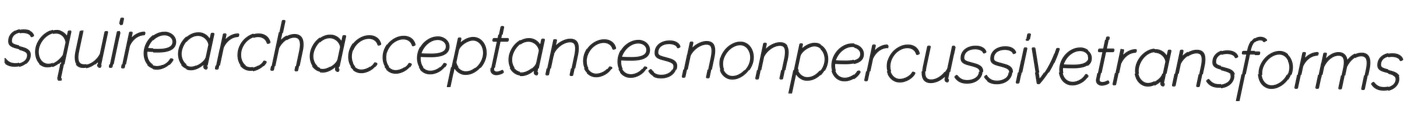
squirearch acceptances nonpercussive transforms